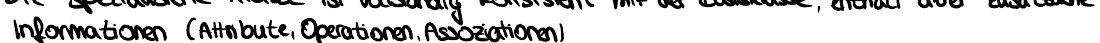
Informationen (Attribute, Operationen, Assoziationen)